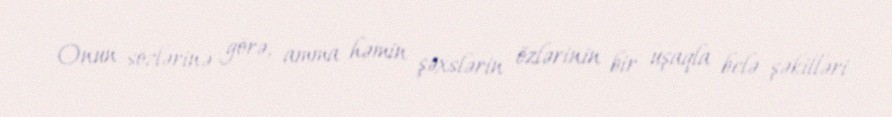
Onun sözlərinə görə, amma həmin şəxslərin özlərinin bir uşaqla belə şəkilləri